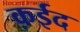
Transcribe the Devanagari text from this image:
क़ईद